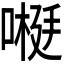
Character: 𫫕